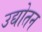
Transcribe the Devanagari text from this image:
उद्योतन